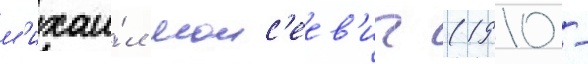
м'ихаи́л моис'еев'ич (1910 -